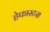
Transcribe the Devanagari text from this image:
हेफास्टस